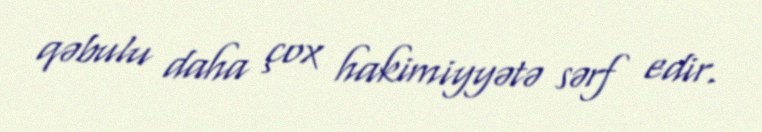
qəbulu daha çox hakimiyyətə sərf edir.